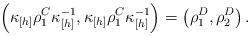
LaTeX: \begin{align*}\left(\kappa_{[h]}\rho_1^C\kappa_{[h]}^{-1},\kappa_{[h]}\rho_1^C\kappa_{[h]}^{-1}\right)=\left(\rho_1^D,\rho_2^D\right).\end{align*}